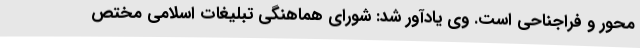
محور و فراجناحی است. وی یادآور شد: شورای هماهنگی تبلیغات اسلامی مختص